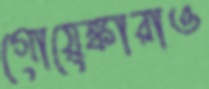
গোয়েঙ্কারাও